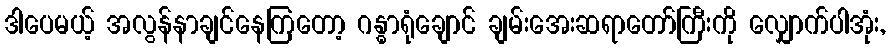
ဒါပေမယ့် အလွန်နာချင်နေကြတော့ ဂန္ဓာရုံချောင် ချမ်းအေးဆရာတော်ကြီးကို လျှောက်ပါအုံး,